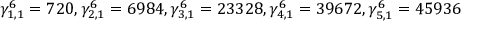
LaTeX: \gamma _ { 1 , 1 } ^ { 6 } = 7 2 0 , \gamma _ { 2 , 1 } ^ { 6 } = 6 9 8 4 , \gamma _ { 3 , 1 } ^ { 6 } = 2 3 3 2 8 , \gamma _ { 4 , 1 } ^ { 6 } = 3 9 6 7 2 , \gamma _ { 5 , 1 } ^ { 6 } = 4 5 9 3 6 \nonumber